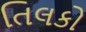
તિલકો